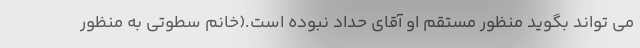
می تواند بگوید منظور مستقم او آقای حداد نبوده است.(خانم سطوتی به منظور